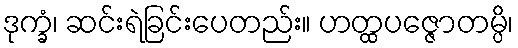
ဒုက္ခံ၊ ဆင်းရဲခြင်းပေတည်း။ ဟတ္ထပဇ္ဇောတမ္ပိ၊